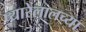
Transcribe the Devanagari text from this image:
प्यारेलालच्या